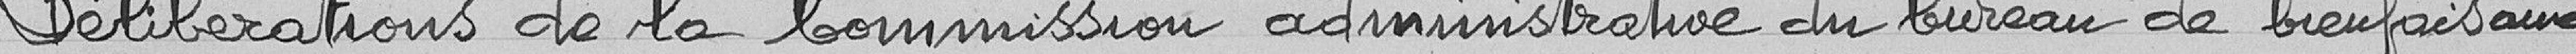
Délibérations de la Commission administrative du bureau de bienfaisance